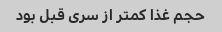
حجم غذا کمتر از سری قبل بود